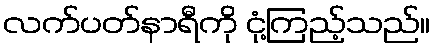
လက်ပတ်နာရီကို ငုံ့ကြည့်သည်။